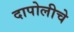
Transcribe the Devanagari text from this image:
दापोलीचे